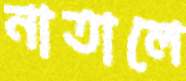
নাতালে